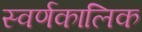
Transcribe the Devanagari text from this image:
स्वर्णकालिक